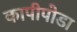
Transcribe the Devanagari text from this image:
कापीपोडा